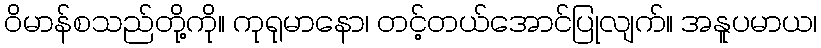
ဝိမာန်စသည်တို့ကို။ ကုရုမာနော၊ တင့်တယ်အောင်ပြုလျက်။ အနူပမာယ၊